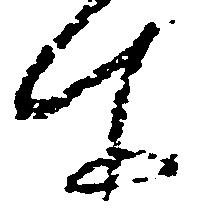
所